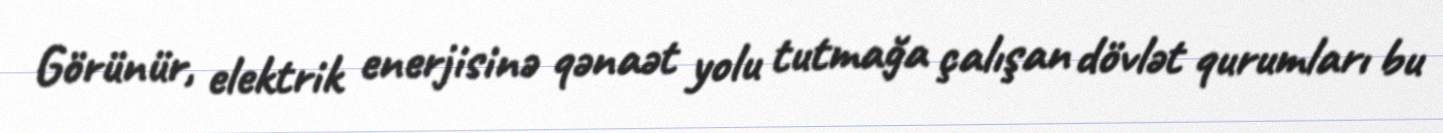
Görünür, elektrik enerjisinə qənaət yolu tutmağa çalışan dövlət qurumları bu